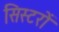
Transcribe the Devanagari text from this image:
सिस्टरों